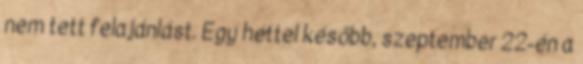
nem tett felajánlást. Egy héttel később, szeptember 22-én a